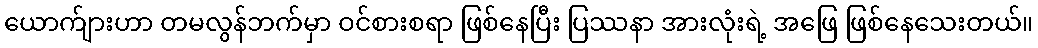
ယောက်ျားဟာ တမလွန်ဘက်မှာ ဝင်စားစရာ ဖြစ်နေပြီး ပြဿနာ အားလုံးရဲ့ အဖြေ ဖြစ်နေသေးတယ်။